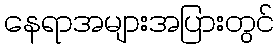
နေရာအများအပြားတွင်